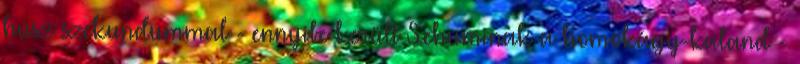
húsz szekundummal - ennyibe került Schuminak a homokágy-kaland -